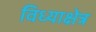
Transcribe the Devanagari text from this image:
विध्याक्षेत्र